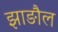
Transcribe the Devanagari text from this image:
झाङौल